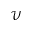
\mathcal { V }